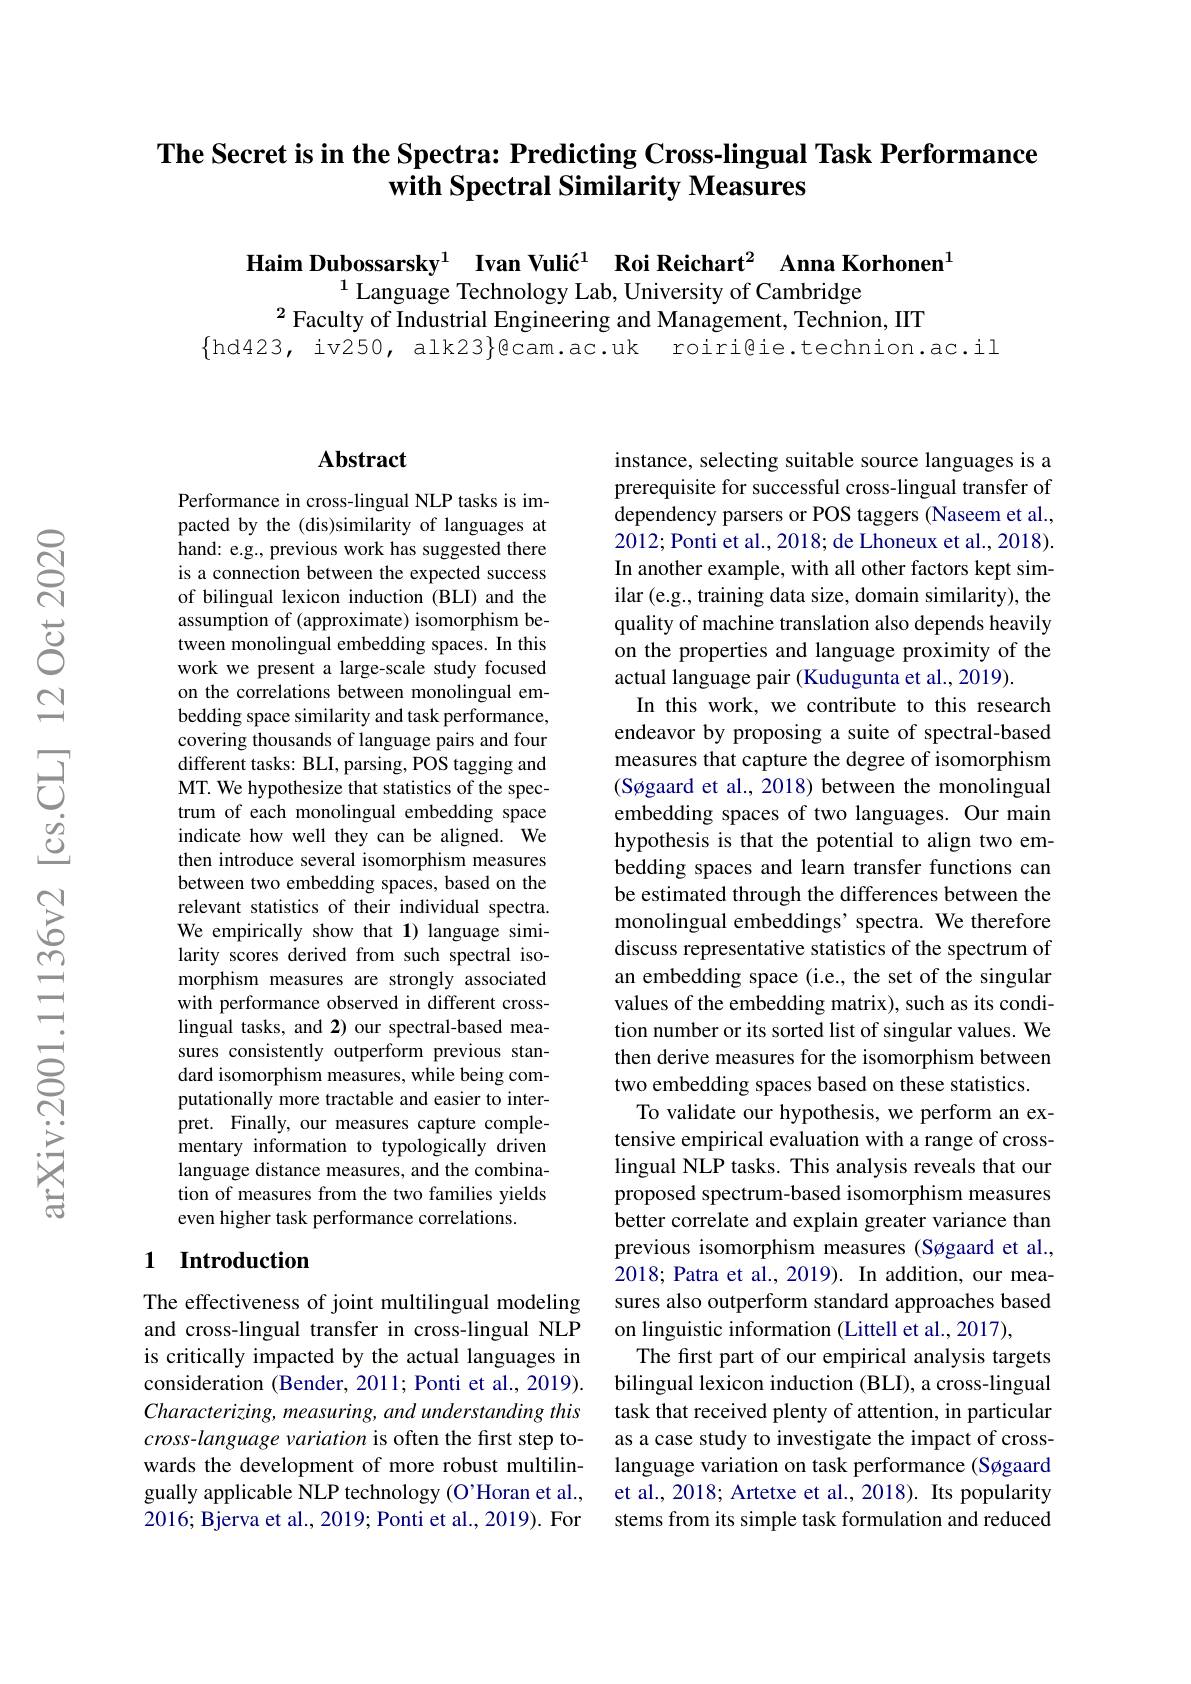
## The Secret is in the Spectra: Predicting Cross-lingual Task Performance with Spectral Similarity Measures

Haim Dubossarsky$^{1}$ Ivan Vulić$^{1}$ Roi Reichart$^{2}$ Anna Korhonen$^{1}$
$^{1}$ Language Technology Lab, University of Cambridge
$^{2}$Faculty of Industrial Engineering and Management, Technion, IIT
$\{$hd423, iv250, alk23$\}$@cam.ac.uk roiri@ie.technion.ac.il

### $\mathbf{Abstract}$

Performance in cross-lingual NLP tasks is impacted by the (dis)similarity of languages at hand: e.g., previous work has suggested there is a connection between the expected success of bilingual lexicon induction (BLI) and the assumption of (approximate) isomorphism between monolingual embedding spaces. In this work we present a large-scale study focused on the correlations between monolingual embedding space similarity and task performance, covering thousands of language pairs and four different tasks: BLI, parsing, POS tagging and MT. We hypothesize that statistics of the spectrum of each monolingual embedding space indicate how well they can be aligned. We then introduce several isomorphism measures between two embedding spaces, based on the relevant statistics of their individual spectra. We empirically show that 1) language similarity scores derived from such spectral isomorphism measures are strongly associated with performance observed in different crosslingual tasks, and 2) our spectral-based measures consistently outperform previous standard isomorphism measures, while being computationally more tractable and easier to interpret. Finally, our measures capture complementary information to typologically driven language distance measures, and the combination of measures from the two families yields even higher task performance correlations.

## 1 Introduction

The effectiveness of joint multilingual modeling and cross-lingual transfer in cross-lingual NLP is critically impacted by the actual languages in consideration (Bender, 2011; Ponti et al., 2019). Characterizing, measuring, and understanding this cross-language variation is often the first step towards the development of more robust multilingually applicable NLP technology (O'Horan et al., 2016; Bjerva et al., 2019; Ponti et al., 2019). For

instance, selecting suitable source languages is a prerequisite for successful cross-lingual transfer of dependency parsers or POS taggers (Naseem et al., 2012; Ponti et al., 2018; de Lhoneux et al., 2018). In another example, with all other factors kept similar (e.g., training data size, domain similarity), the quality of machine translation also depends heavily on the properties and language proximity of the actual language pair (Kudugunta et al., 2019).
In this work, we contribute to this research endeavor by proposing a suite of spectral-based measures that capture the degree of isomorphism (Søgaard et al., 2018) between the monolingual embedding spaces of two languages. Our main hypothesis is that the potential to align two embedding spaces and learn transfer functions can be estimated through the differences between the monolingual embeddings' spectra. We therefore discuss representative statistics of the spectrum of an embedding space (i.e., the set of the singular values of the embedding matrix), such as its condition number or its sorted list of singular values. We then derive measures for the isomorphism between two embedding spaces based on these statistics.
To validate our hypothesis, we perform an extensive empirical evaluation with a range of crosslingual NLP tasks. This analysis reveals that our proposed spectrum-based isomorphism measures better correlate and explain greater variance than previous isomorphism measures (Søgaard et al., 2018; Patra et al., 2019). In addition, our measures also outperform standard approaches based on linguistic information (Littell et al., 2017),
The first part of our empirical analysis targets bilingual lexicon induction (BLI), a cross-lingual task that received plenty of attention, in particular as a case study to investigate the impact of crosslanguage variation on task performance (Søgaard et al., 2018; Artetxe et al., 2018). Its popularity stems from its simple task formulation and reduced